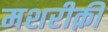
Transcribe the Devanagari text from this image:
मशरीक़ी